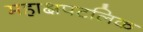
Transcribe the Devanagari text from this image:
महाक्षपटलिक